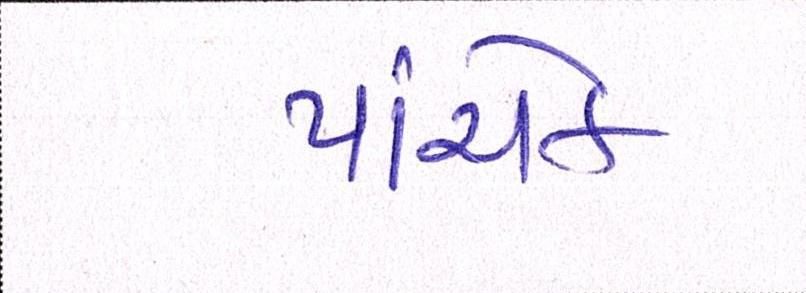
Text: પાંચેક